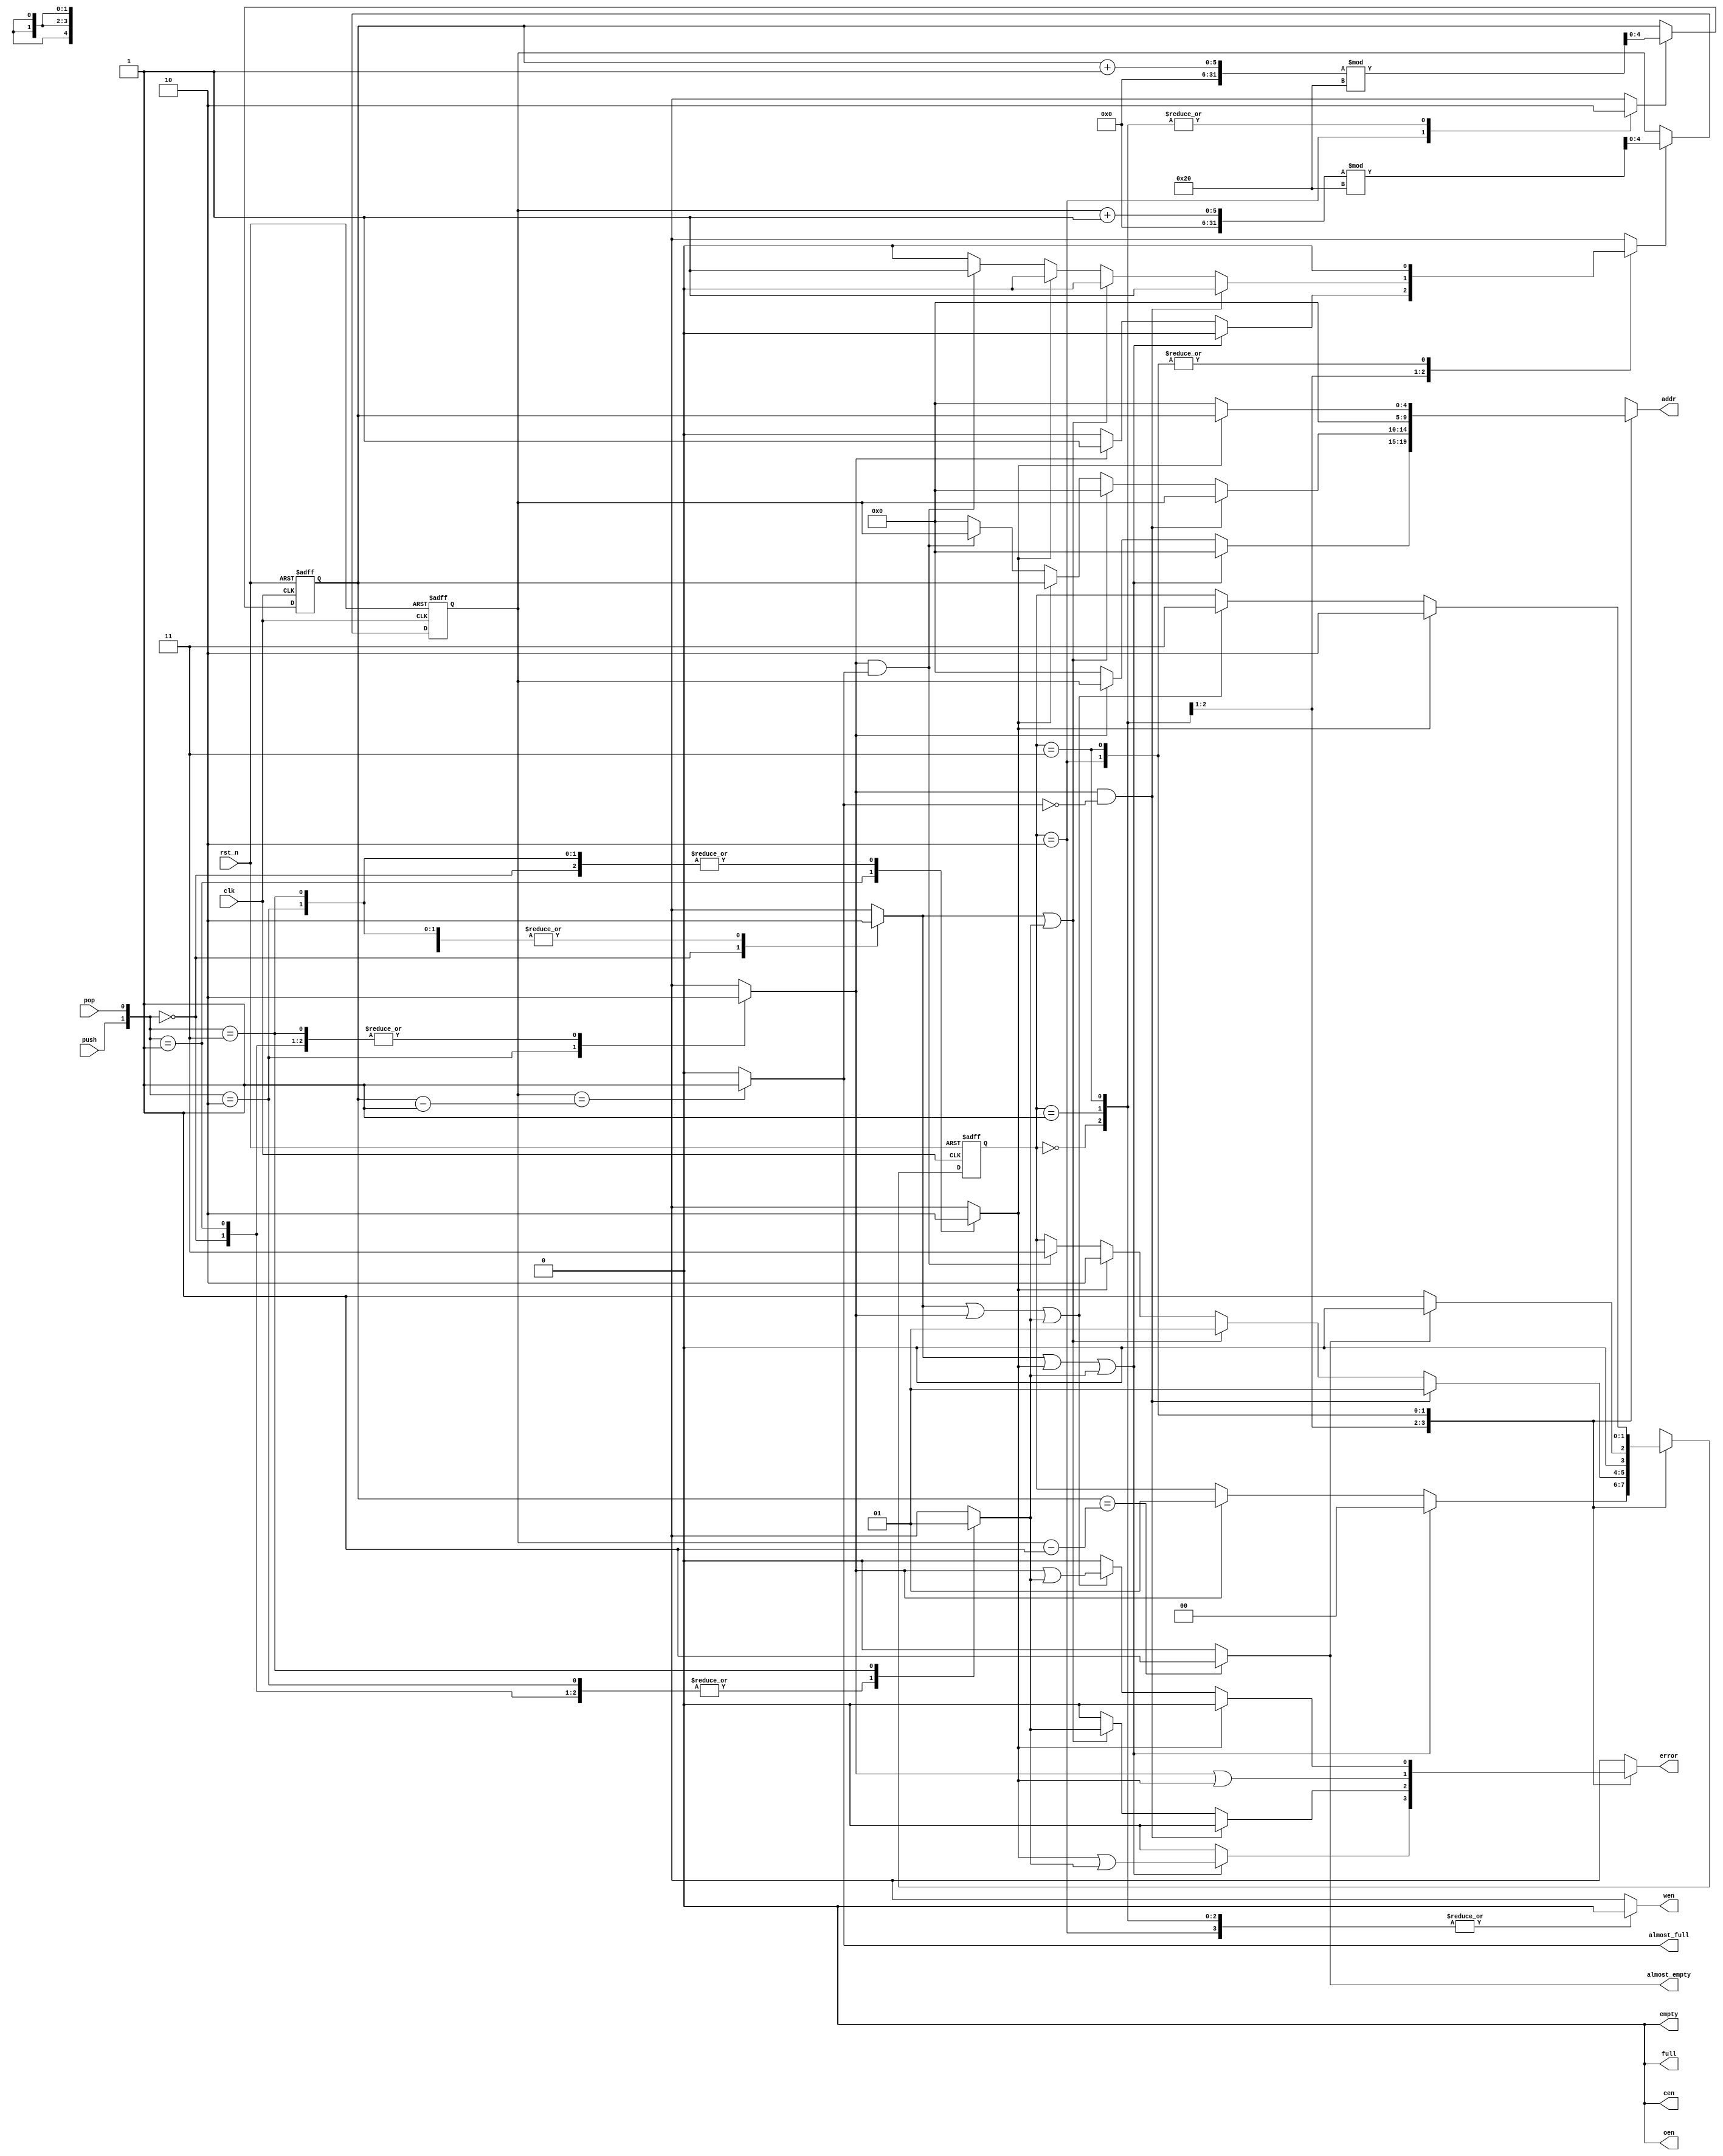
module fifo_ctr (
				input wire clk,
				input wire rst_n,
				input wire push,
				input wire pop,
				output reg empty,
				output reg almost_empty,
				output reg full,
				output reg almost_full,
				output reg error,
				output reg cen,
				output reg wen,
				output reg oen,
				output reg [4:0] addr
				);
parameter numOfRam = 32;
parameter delay = 1.5;
parameter EMPTY   = 2'b00;
parameter BETWEEN = 2'b01;
parameter READOUT = 2'b10;
parameter FULL    = 2'b11;
reg    [1:0] state;
reg    [1:0] state_next;
reg    [4:0] head;
reg    [4:0] head_next;
reg    [4:0] tail;
reg    [4:0] tail_next;
reg    head_plus;
reg    tail_plus;
reg    addr_head;
reg    addr_tail;
reg		do_idle;
reg		do_pop;
reg		do_push;
reg		do_push_pop;
always @(posedge clk or negedge rst_n) begin
if (rst_n == 0) begin
state <= EMPTY;
head  <= 5'b0;
tail  <= 5'b0;
end else begin
state <= #(delay) state_next;
head  <= #(delay) head_next;
tail  <= #(delay) tail_next;
end
end
always @(*) begin
do_idle = 1'b0;
do_pop  = 1'b0;
do_push = 1'b0;
do_push_pop = 1'b0;
case ({push,pop})
		2'b00: begin do_idle = 1'b1; end
		2'b01: begin do_pop = 1'b1; end
		2'b10: begin do_push = 1'b1; end
		2'b11: begin do_push_pop = 1'b1; end
		endcase
		end
		always @(*) begin
		if (head_plus) begin
		head_next = (head + 1'b1)%numOfRam;
		end else begin
		head_next = head;
		end
		if (tail_plus) begin
		tail_next = (tail + 1'b1)%numOfRam;
		end else begin
		tail_next = tail;
		end
		end
		always @(*) begin
		if (tail == head - 1'b1) begin
		almost_empty  = 1'b1;
		end else begin
		almost_empty  = 1'b0;
		end
		if (head == tail - 1'b1) begin
		almost_full   = 1'b1;
		end else begin
		almost_full   = 1'b0;
		end
		oen               = 1'b0;
		end
		always @(*) begin
		empty         = 1'b0;
		full          = 1'b0;
		error         = 1'b0;
		cen           = 1'b0;
		wen           = 1'b0;
		addr          = 5'b0;
		head_plus     = 1'b0;
		tail_plus     = 1'b0;
		addr_head     = 1'b0;
		addr_tail     = 1'b0;
		state_next    = state;
case (state)
		EMPTY:    begin
		if (do_idle || do_pop || do_push_pop) begin
		error         = (do_pop | do_push_pop);
		state_next    = EMPTY;
		end else if (do_push) begin
		addr          = head;
		head_plus     = 1'b1;
		wen           = 1'b0;
		state_next    = BETWEEN;
		end
		end
		BETWEEN:  begin
		if (do_push && !almost_full) begin
		addr          = head;
		head_plus     = 1'b1;
		wen           = 1'b0;
		state_next    = BETWEEN;
		end else if (do_idle || do_push_pop) begin
		error         = do_push_pop;
		state_next    = BETWEEN;
		end else if (do_pop) begin
		addr          = tail;
		state_next    = READOUT;
		end else if (do_push && almost_full) begin
		addr          = head;
		head_plus     = 1'b1;
		wen           = 1'b0;
		state_next    = FULL;
		end
		end
		READOUT:  begin
		if (!almost_empty) begin
		tail_plus     = 1'b1;
		error         = (do_push | do_pop);
		state_next    = BETWEEN;
		end else begin
		tail_plus     = 1'b1;
		error         = (do_push | do_pop);
		state_next    = EMPTY;
		end
		end
		FULL:     begin
		if (do_pop) begin
		addr          = tail;
		state_next    = READOUT;
		end else if (do_idle || do_push || do_push_pop) begin
		error         = (do_push | do_push_pop);
		state_next    = FULL;
		end
		end
		endcase
		end
		endmodule